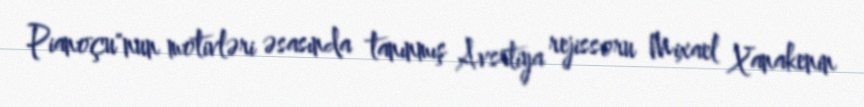
Pianoçu"nun motivləri əsasında tanınmış Avsrtiya rejissoru Mixael Xanakenin